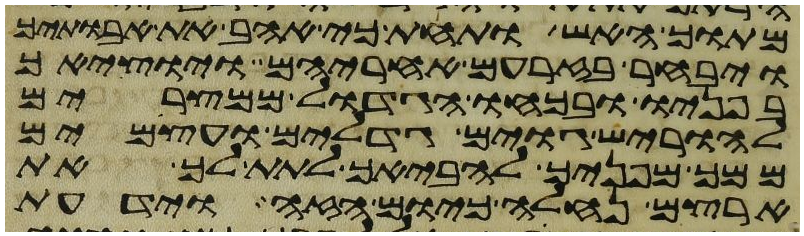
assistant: מתוך האש ותחת כי אהב את אבתיך
ויבחר בזרעם אחריהם ויוציאך
בפניו ובכחו הגדול ממצרים
להוריש גוים גדלים ועצמים
ממך מפניך להביאך לתת לך את
ארצם נחלה כיום הזה וידעת